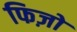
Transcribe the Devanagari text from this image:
फिज़ो